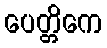
ပေတ္တိကေ